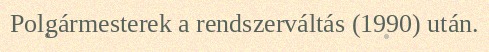
Polgármesterek a rendszerváltás (1990) után.